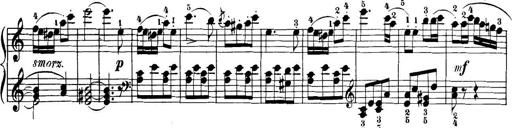
Title: 32 Sonatinas and Rondos for the Piano
Composer: Richard Kleinmichel